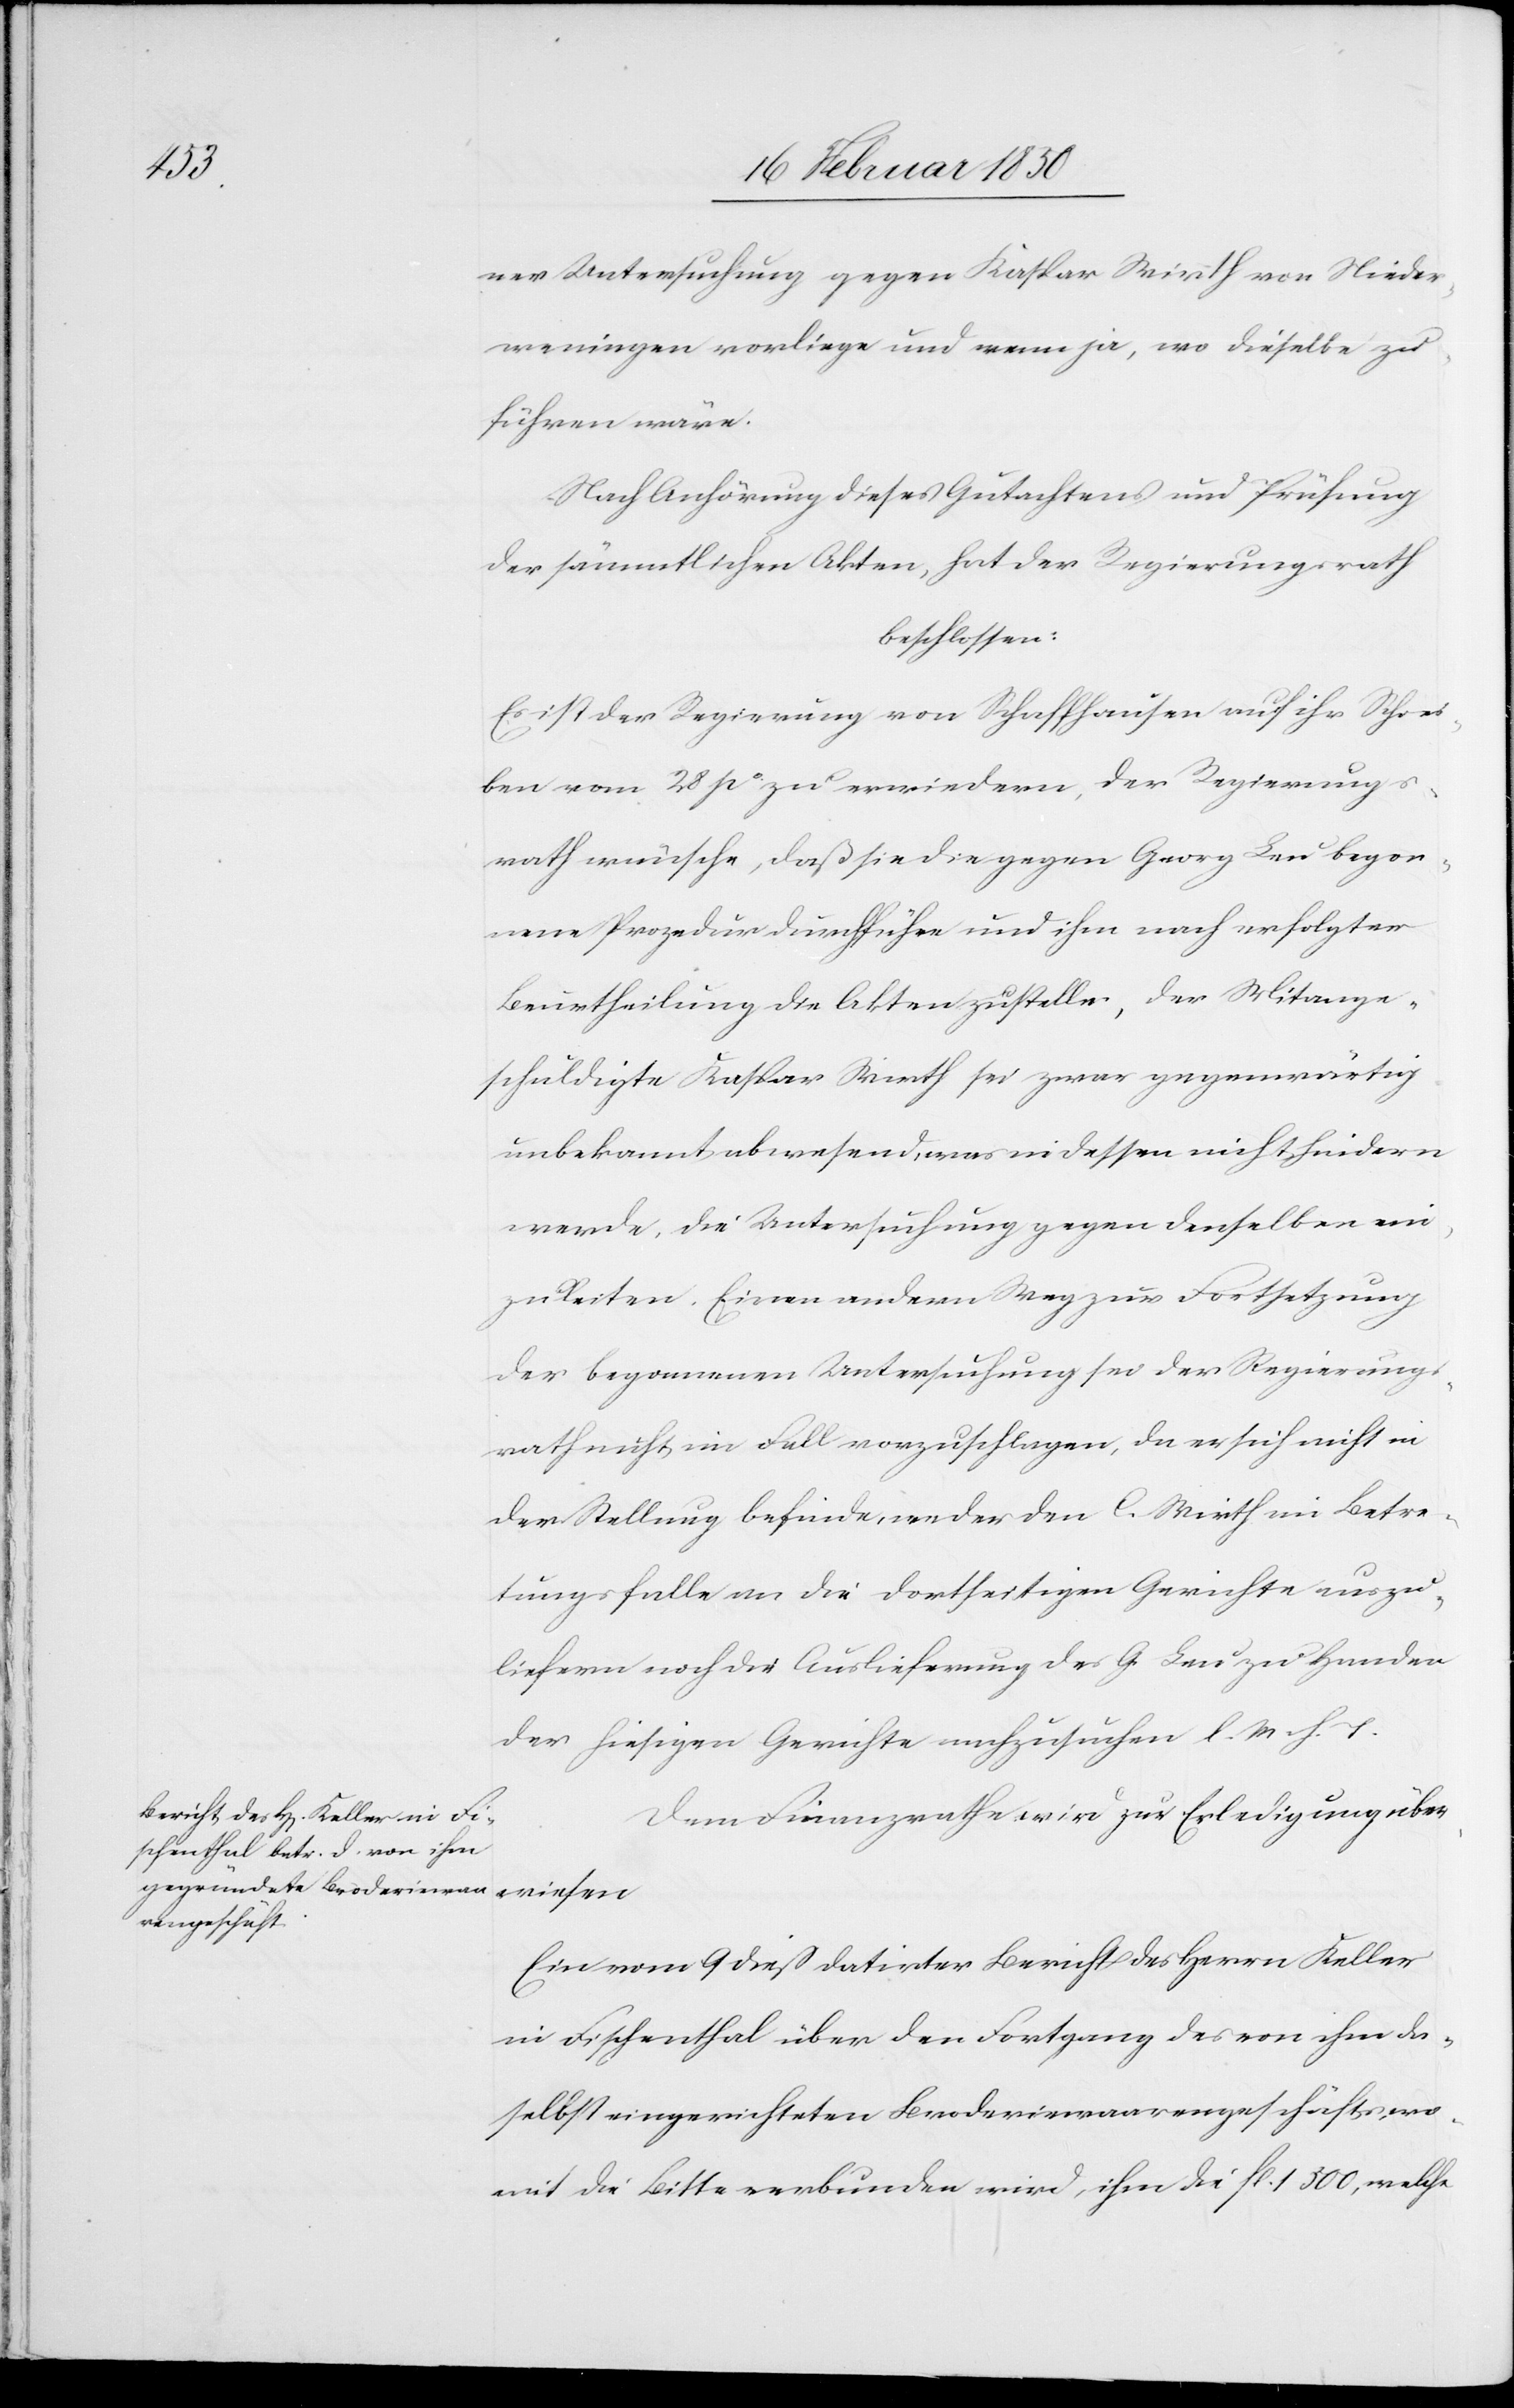
ner Untersuchung gegen Kaspar Wirth von Nieder¬
weningen vorliege und wenn ja, wo dieselbe zu
führen wäre.
Nach Anhörung dieses Gutachtens und Prüfung
der sämmtlichen Akten, hat der Regierungsrath
beschlossen:
Es ist der Regierung von Schaffhausen auf ihr Schrei¬
ben vom 28 po zu erwiedern, der Regierungs¬
rath wünsche, daß sie die gegen Georg Leu begon¬
nene Prozedur durchführe und ihm nach erfolgter
Beurtheilung die Akten zustelle, der Mitange¬
schuldigte Kaspar Wirth sei zwar gegenwärtig
unbekannt abwesend, was indessen nicht hindern
werde, die Untersuchung gegen denselben ein¬
zuleiten. Einen andern Weg zur Fortsetzung
der begonnenen Untersuchung sei der Regierungs¬
rath nicht im Fall vorzuschlagen, da er sich nicht in
der Stellung befinde, weder den C. Wirth im Betre¬
tungsfalle an die dortseitigen Gerichte auszu¬
liefern noch der Auslieferung des G. Leu zu Handen
der hiesigen Gerichte nachzusuchen l. M. v. T.
Dem Finanzrathe wird zur Erledigung über¬
wiesen
Ein vom 9 dieß datirter Bericht des Herrn Keller
in Fischenthal über den Fortgang des von ihm da¬
selbst eingerichteten Broderiewaarengeschäfts, wo¬
mit die Bitte verbunden wird, ihm die fl. 1500, welche